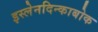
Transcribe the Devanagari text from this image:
इस्लेनदिन्काबोक